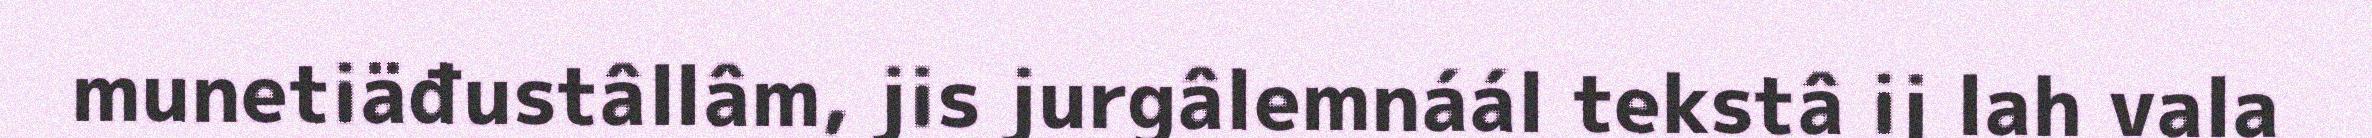
munetiäđustâllâm, jis jurgâlemnáál tekstâ ij lah vala